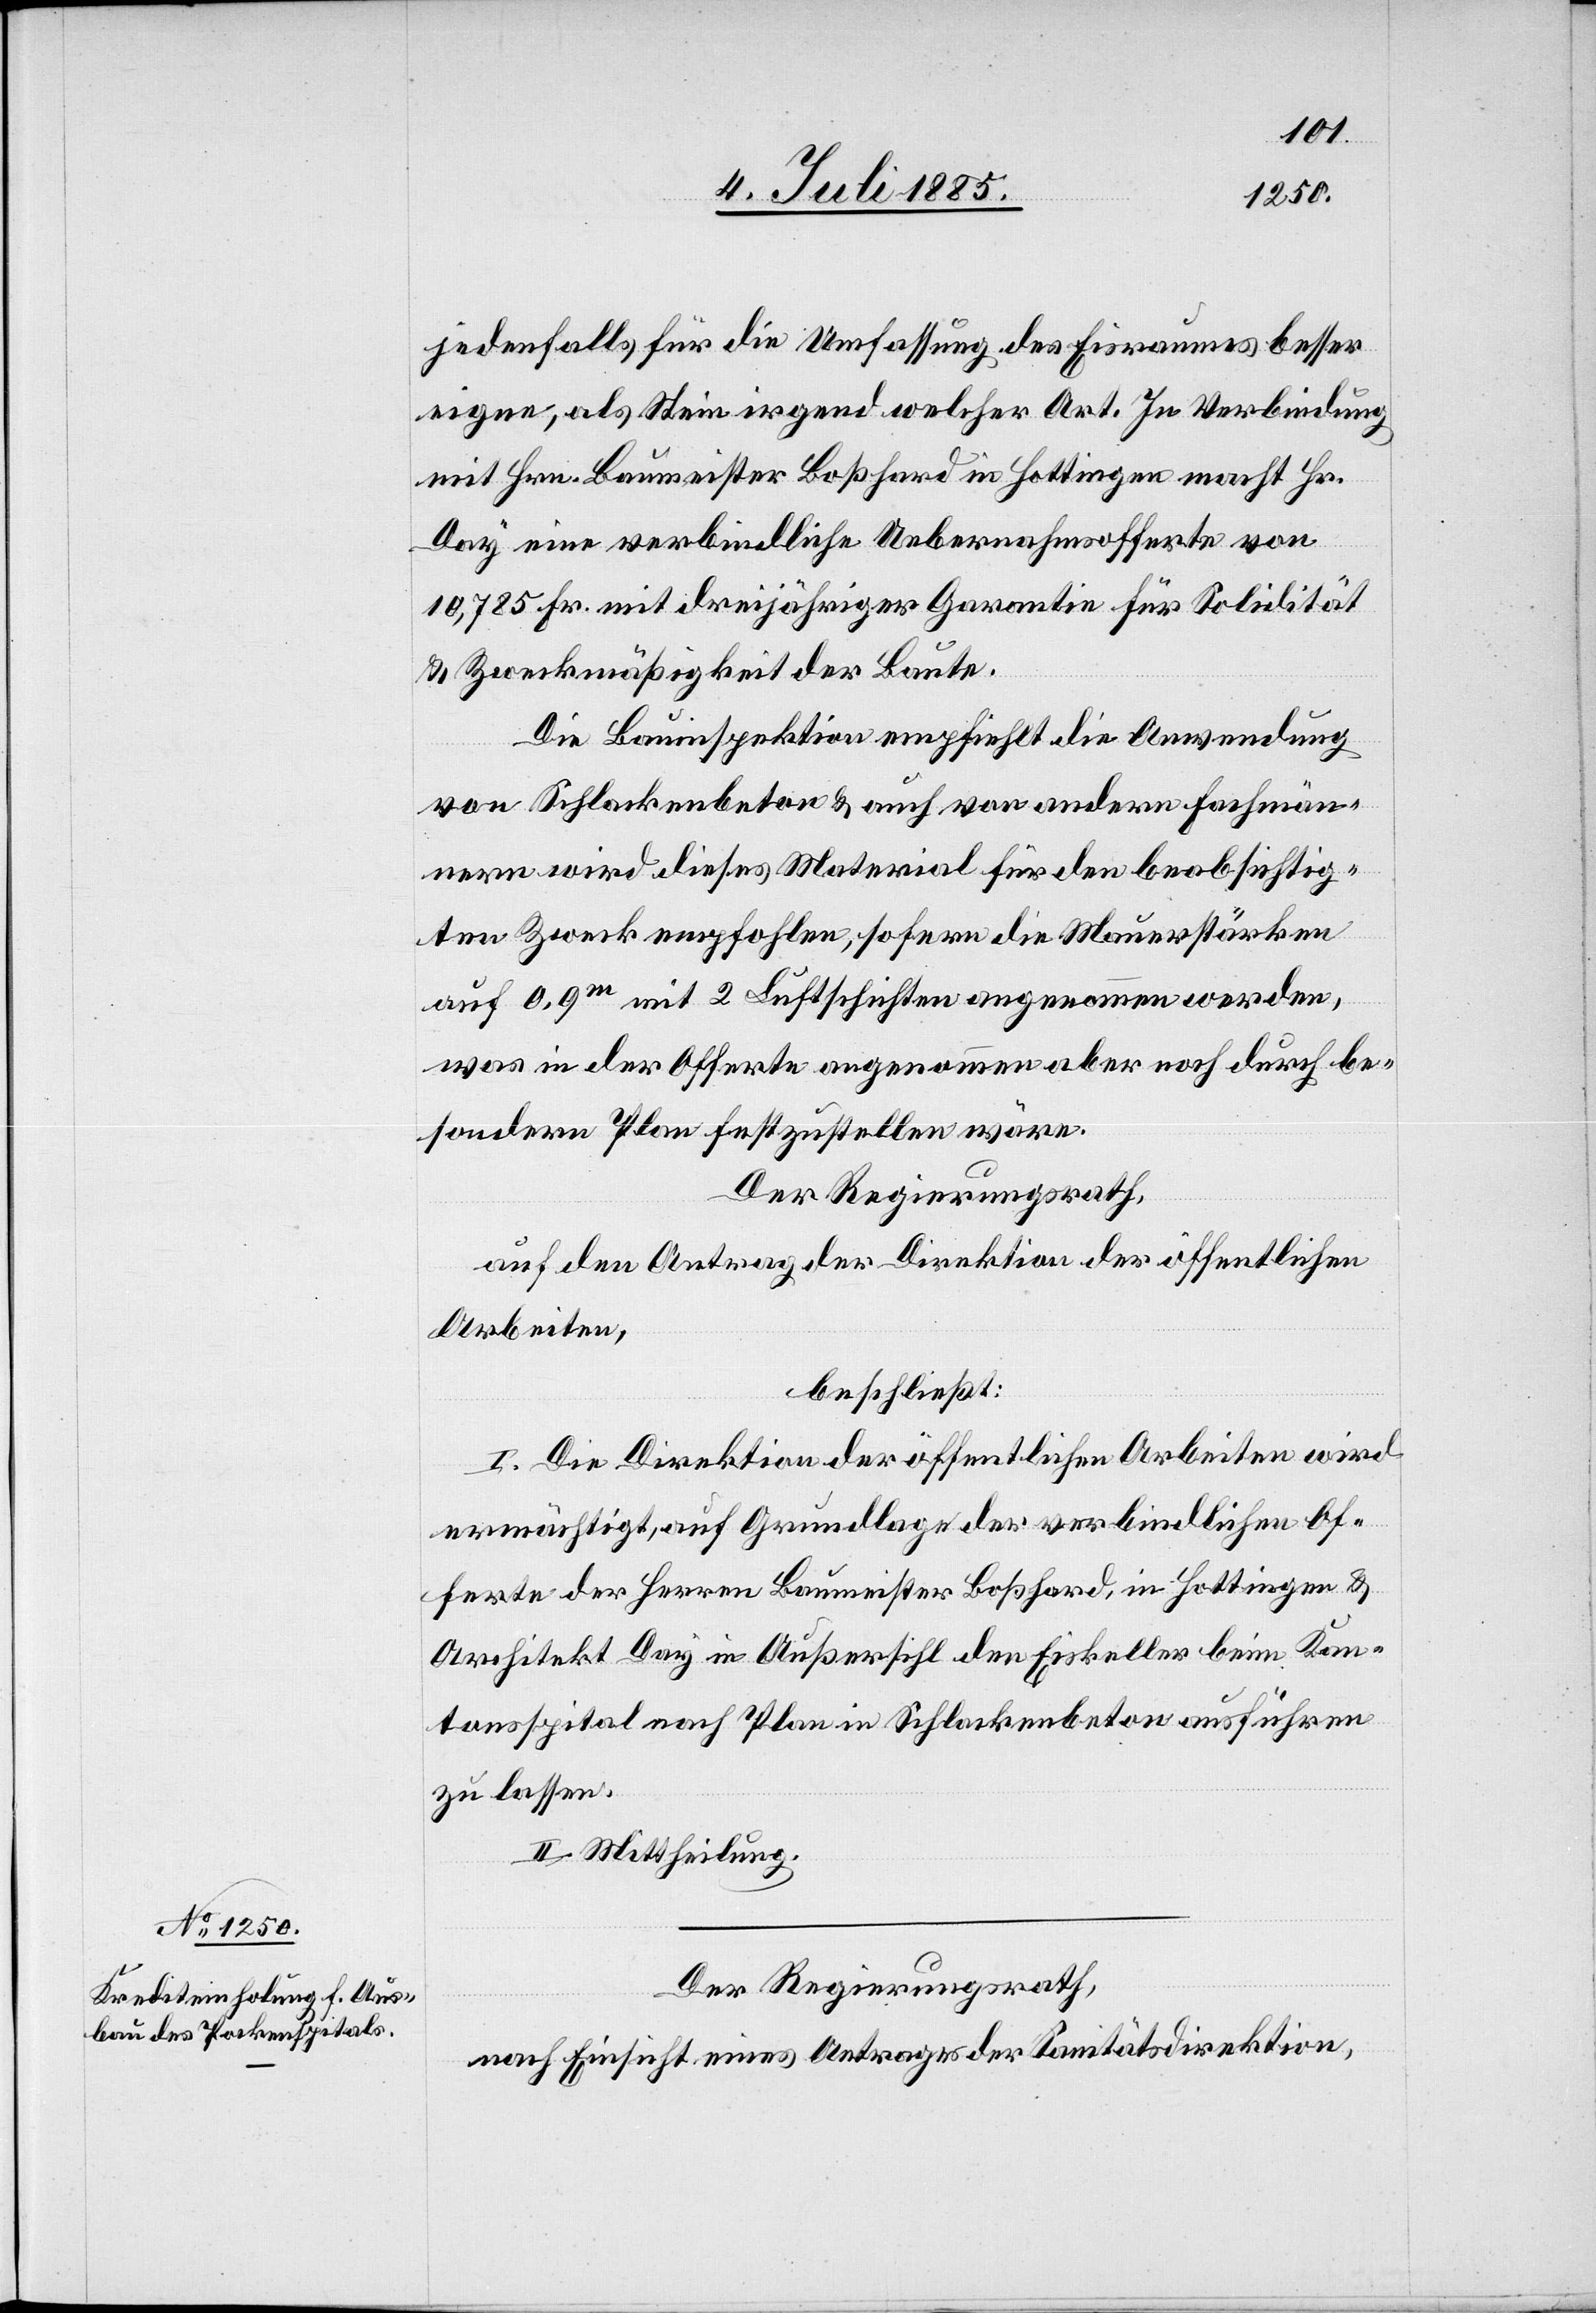
jedenfalls für die Umfassung des Eisraumes besser
eigene, als Stein irgendwelcher Art. In Verbindung
mit Hrn. Baumeister Boßhard in Hottingen macht Hr.
Day eine verbindliche Uebernahmsofferte von
10,785 Fr. mit dreijähriger Garantie für Solidität
& Zweckmäßigkeit der Baute.
Die Bauinspektion empfiehlt die Anwendung
von Schlackenbeton & auch von andern Fachmän¬
nern wird dieses Material für den beabsichtig¬
ten Zweck empfohlen, sofern die Mauerstärken
auf 0,9m mit 2 Luftschichten angenommen werden,
was in der Offerte angenommen aber noch durch be¬
sondern Plan festzustellen wäre.
Der Regierungsrath,
auf den Antrag der Direktion der öffentlichen
Arbeiten,
beschließt:
I. Die Direktion der öffentlichen Arbeiten wird
ermächtigt, auf Grundlage der verbindlichen Of¬
ferte der Herren Baumeister Boßhard, in Hottingen &
Architekt Day in Außersihl den Eiskeller beim Kan¬
tonsspital nach Plan in Schlackenbeton ausführen
zu lassen.
II. Mittheilung.
Der Regierungsrath,
nach Einsicht eines Antrages der Sanitätsdirektion,